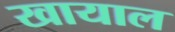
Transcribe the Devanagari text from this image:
खायाल